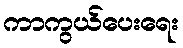
ကာကွယ်ပေးရေး